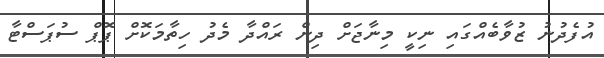
އުފެދުނު ޒުވާބެއްގައި ނިކީ މިނާޖަށް ދިން ރައްދާ މެދު ހިތާމަކޮށް ޕޮޕް ސުޕަސްޓާ